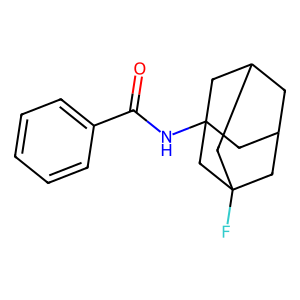
SMILES: O=C(NC12CC3CC(CC(F)(C3)C1)C2)c1ccccc1
Inhibits HIV replication: No